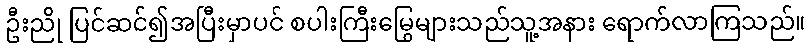
ဦးညို ပြင်ဆင်၍အပြီးမှာပင် စပါးကြီးမြွေများသည်သူ့အနား ရောက်လာကြသည်။